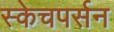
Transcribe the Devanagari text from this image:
स्केचपर्सन